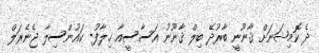
ދެ ކޮމިޝަނަށް ޤާނޫނީ ބާރުދޭ ބިލް ޤާނޫނު އަސާސީއާ ޚިލާފު- ކައުންސިލާ ޖެނެރަލް